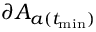
\partial A _ { a ( t _ { \operatorname* { m i n } } ) }